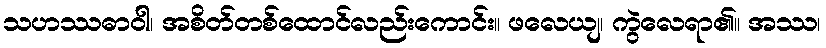
သဟဿဓာဝါ၊ အစိတ်တစ်ထောင်လည်းကောင်း။ ဖလေယျ၊ ကွဲလေရာ၏။ အဿ၊